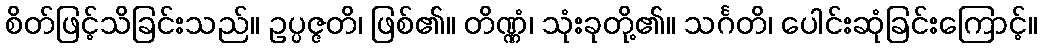
စိတ်ဖြင့်သိခြင်းသည်။ ဥပ္ပဇ္ဇတိ၊ ဖြစ်၏။ တိဏ္ဏံ၊ သုံးခုတို့၏။ သင်္ဂတိ၊ ပေါင်းဆုံခြင်းကြောင့်။